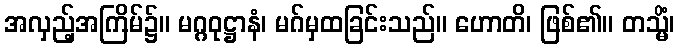
အလှည့်အကြိမ်၌။ မဂ္ဂဝုဋ္ဌာနံ၊ မဂ်မှထခြင်းသည်။ ဟောတိ၊ ဖြစ်၏။ တသ္မိံ၊